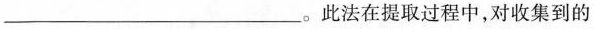
___。此法在去过程中，对收集到的